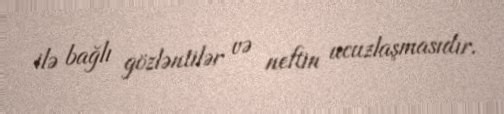
ilə bağlı gözləntilər və neftin ucuzlaşmasıdır.